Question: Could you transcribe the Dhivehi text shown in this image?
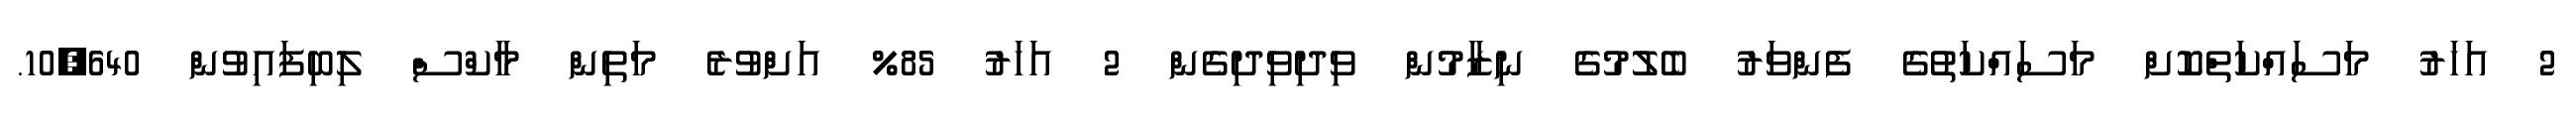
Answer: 2 އަހަރު މަސައްކަތްކޮށް މަސައްކަތުގެ ފެންވަރު ބެލުމުގެ ނިޒާމުން ވިދިވިދިގެން 2 އަހަރު 85% އަށްވުރެ މަތިން މާކްސް ލިބިފައިވުން 10,640.